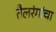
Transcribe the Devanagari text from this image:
तैलरंगांचा